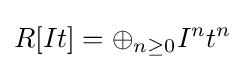
R[It]=\oplus _{n\geq 0}I^{n}t^{n}